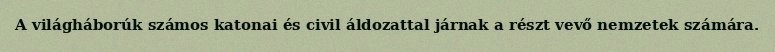
A világháborúk számos katonai és civil áldozattal járnak a részt vevő nemzetek számára.